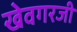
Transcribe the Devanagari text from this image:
खेवगरजी